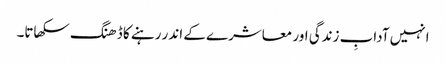
انہیں آدابِ زندگی اور معاشرے کے اندر رہنے کا ڈھنگ سکھاتا۔